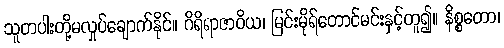
သူတပါးတို့မလှုပ်ချောက်နိုင်။ ဂိရိရာဇာဝိယ၊ မြင်းမိုရ်တောင်မင်းနှင့်တူ၍။ နိစ္စတော၊